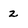
Character: 2